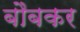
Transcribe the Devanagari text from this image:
बौबकर